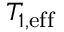
T _ { 1 , \mathrm { e f f } }